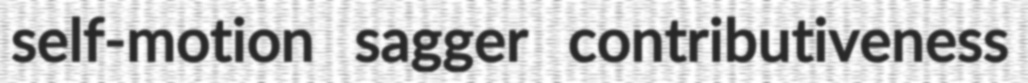
self-motion sagger contributiveness